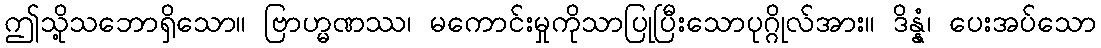
ဤသို့သဘောရှိသော။ ဗြာဟ္မဏဿ၊ မကောင်းမှုကိုသာပြုပြီးသောပုဂ္ဂိုလ်အား။ ဒိန္နံ၊ ပေးအပ်သော